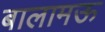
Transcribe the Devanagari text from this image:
बालामऊ